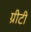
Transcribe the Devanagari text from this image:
ग्रीटी